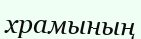
храмының